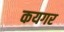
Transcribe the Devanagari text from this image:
कयगर